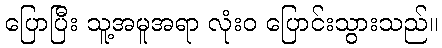
ပြောပြီး သူ့အမူအရာ လုံးဝ ပြောင်းသွားသည်။